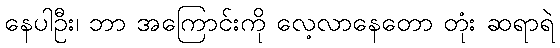
နေပါဦး၊ ဘာ အကြောင်းကို လေ့လာနေတော တုံး ဆရာရဲ